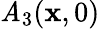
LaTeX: \mathit{A}_{3}(\mathbf{{x}},0)